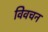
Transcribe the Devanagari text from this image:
विवचन